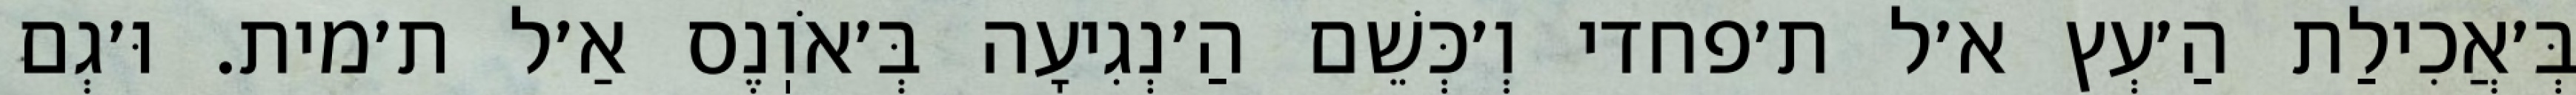
בְּ׳אֲכִילַת הַ׳עְץ א׳ל ת׳פחדי וְ׳כְּשֵׁם הַ׳נְגִיעָה בְּ׳אֹוֽנֶס אַ׳ל ת׳מית. וּ׳גְם